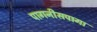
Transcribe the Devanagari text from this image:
पागनीसपागा